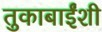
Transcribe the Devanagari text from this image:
तुकाबाईंशी